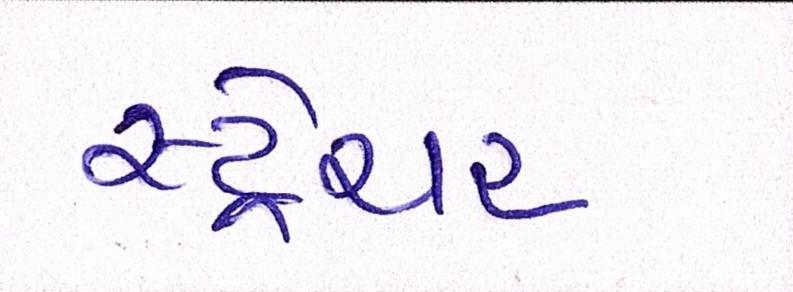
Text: સ્ટ્રેચર